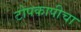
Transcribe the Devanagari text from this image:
टोपकापीचा